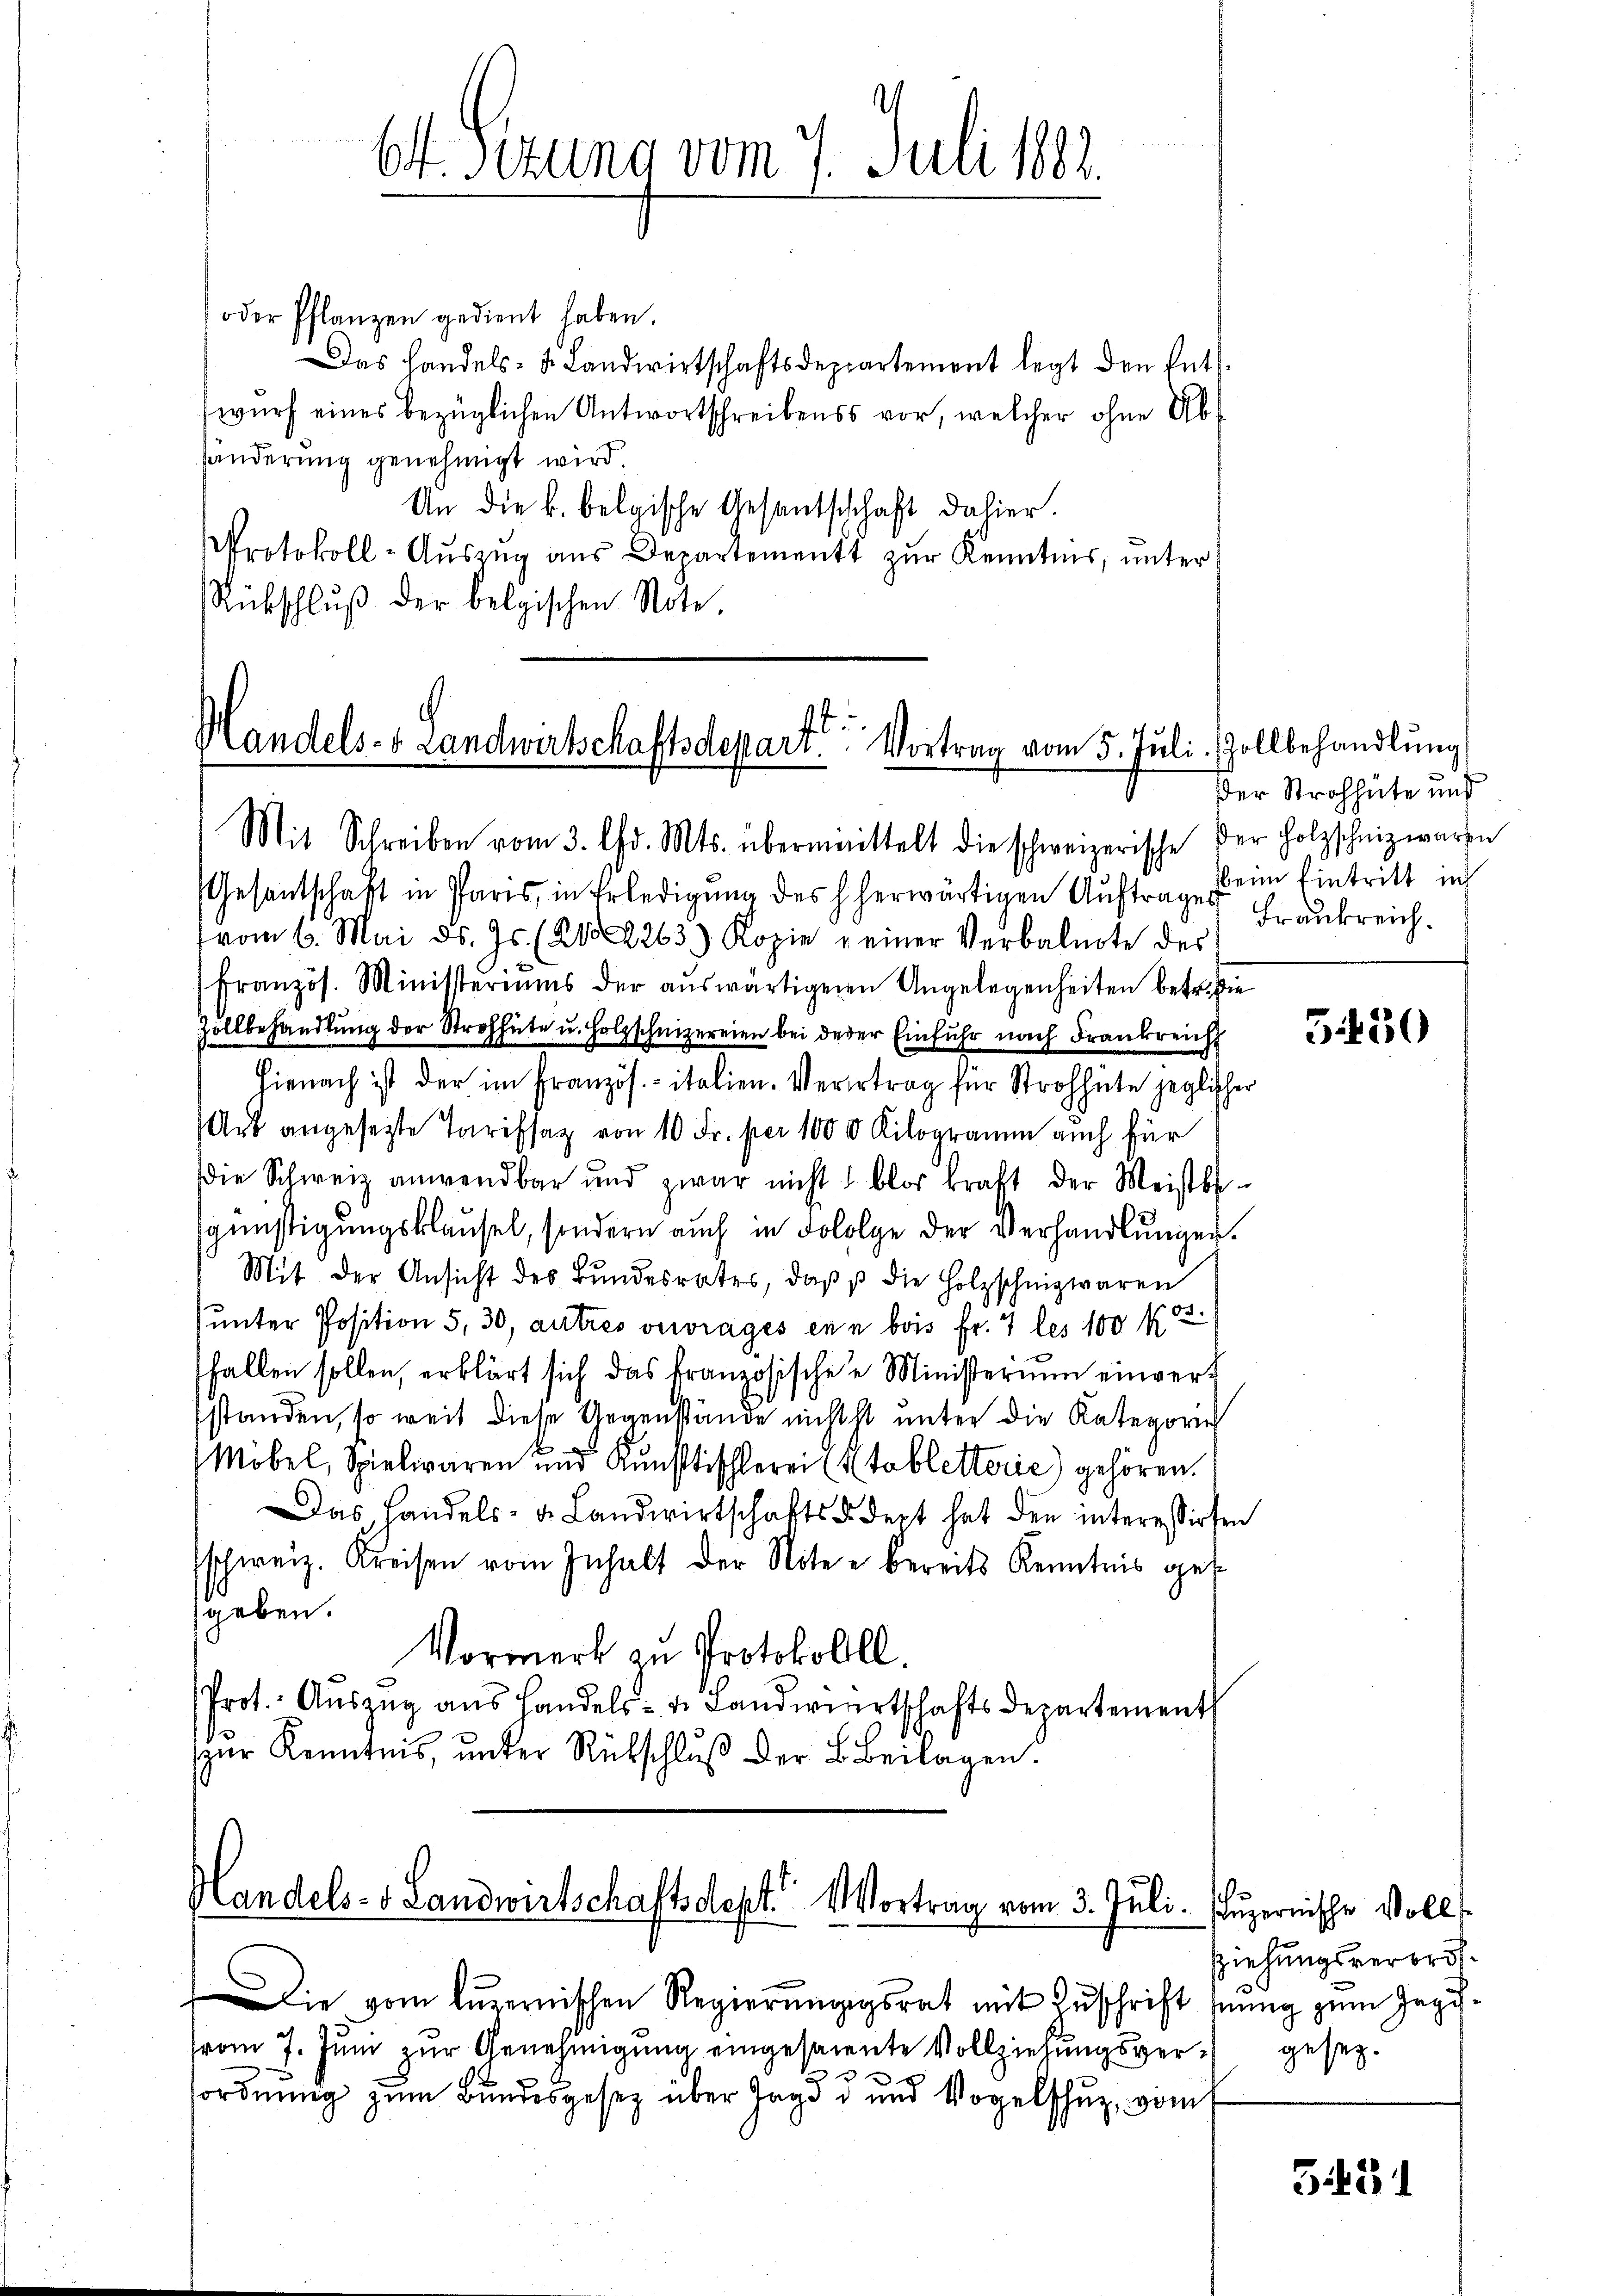
oder Pflanzen gedient haben.
Das Handels- u. Landwirtschaftsdeppartement legt den Ents
wurf eines bezüglichen Antwortschreibens vor, welcher ohne Absänderung genehmigt wird.
An die k. belgische Gesantschhaft dahier.
Protokoll-Aŭszŭg aŭs Departement zŭr Kenntnis, unter
Rübschluß der belgischen Note

4
Handels- & Landwirtschaftsdepari. Vortrag vom 5. Jŭli Zollbehandlung
Mit Schreiben vom 3. Chr. Mts. übermittelt die schweizerische der Holzschniz waren

Handels- & Landwirtschaftsdest. Vortrag vom 3. Juli. Luzernische Voll

6. Sizung vom 7. Juli 1882.

Die vom luzernischen Regierungsrat mit Zuschrift sung zum Gegi¬
(vom 7. Juni zur Genehmigung eingesaiente Vollziehungsver¬
.
sordnung zum Bundesgesetz über Jagd u und Vogelschuz, vom

Gesantschaft in Paris, in Erledigŭng des herwärtigen Aŭftrages Frankreich.
vom 6. Mai d. Js. (202263) Kopie einer Verbalnote des
französ. Ministeriums der aŭswärtigenen Angelegenheiten betr.die
Zollbehandlung der Strohhüte u. Holzschnizereien bei derer Einfuhr nach Frankreich
hienach ist der im Französ. - italien-Verertrag für Strohhüte jeglicher
Art angesetzte Tarifsaz von 10 Fr. per 1000 Kilogramm auch für
die Schweiz anwendbar und zwar nicht blos kraft der Meistbe-
günstigungsklausel, sondern auch in dololge der Verhandlungen.
Mit der Ansicht des Bundesrates, daß die Holzschnizwaren
55.
ŭnter Position 5, 30, autres verrages ein bois fr. 7 les 100 k
fallen sollen, erklärt sich das französischen Ministerium einver-
standen, so weit diese Gegenstände nichtst unter die Kategorie
Möbel, Spielwaren und Kunsttischlerei (Tobletterie) gehören.
Das Handels- u. Landwirtschafts - dept hat den interessirten
schweiz. Kreisen vom Inhalt der Noten bereits Kenntnis ges
geben.
Vormerk zu Protokollll.
Prot. Auszug aus Handels- u. Landwirtschafts Departement
zur Kenntnis, unter Rückschluß der B. Beilagen.

Der Strohhüte und
beim Eintritt in

5450

Ziehungsverbrösgesetz.

5431